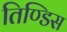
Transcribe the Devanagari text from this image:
तिण्डिस